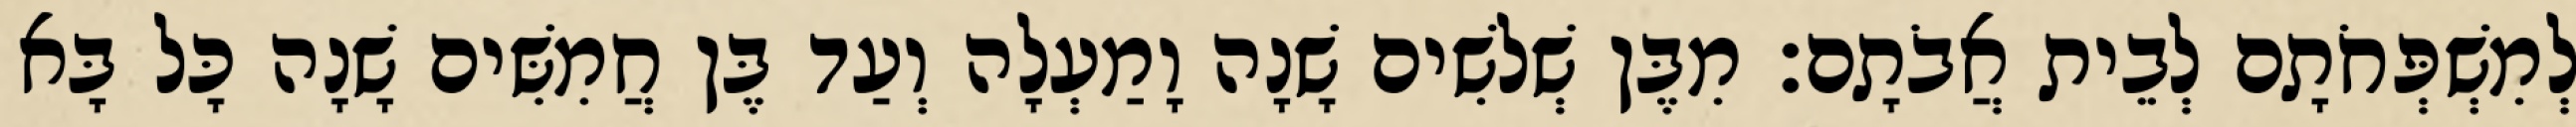
לְמִשְׁפְּחֹתָם לְבֵית אֲבֹתָם׃ מִבֶּן שְׁלשִׁים שָׁנָה וָמַעְלָה וְעַד בֶּן חֲמִשִּׁים שָׁנָה כָּל בָּא